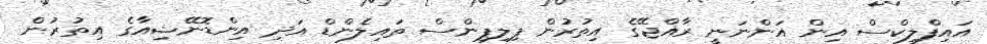
އައިފްލިކްސް އިން އަންނަނީ ރާއްޖޭގެ އިތުރުން ޕިލިޕިންސް ތައިލެންޑް އަދި އިންޑޮނޭޝިއާގެ އިތުރުން